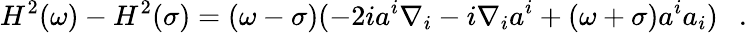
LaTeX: H^{2}(\omega)-H^{2}(\sigma)=(\omega-\sigma)(-2ia^{i}\nabla_{i}-i\nabla_{i}a^{i}+(\omega+\sigma)a^{i}a_{i})~~~.